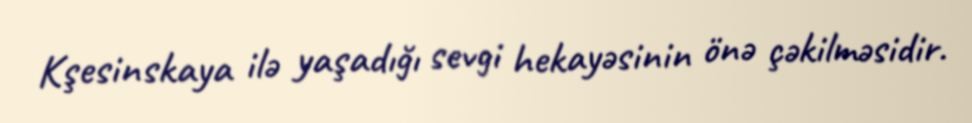
Kşesinskaya ilə yaşadığı sevgi hekayəsinin önə çəkilməsidir.